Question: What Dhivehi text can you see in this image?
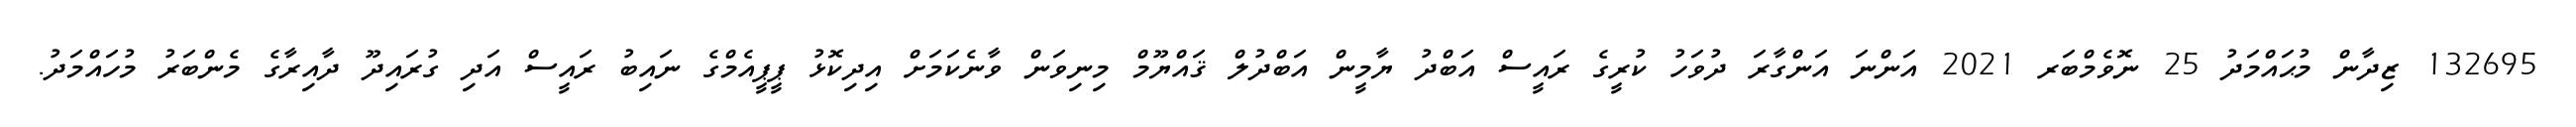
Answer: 132695 ޒިދާން މުޙައްމަދު 25 ނޮވެމްބަރ 2021 އަންނަ އަންގާރަ ދުވަހު ކުރީގެ ރައީސް އަބްދު ޔާމީން އަބްދުލް ޤައްޔޫމް މިނިވަން ވާނެކަމަށް އިދިކޮޅު ޕީޕީއެމްގެ ނައިބު ރައީސް އަދި ގުރައިދޫ ދާއިރާގެ މެންބަރު މުހައްމަދު.